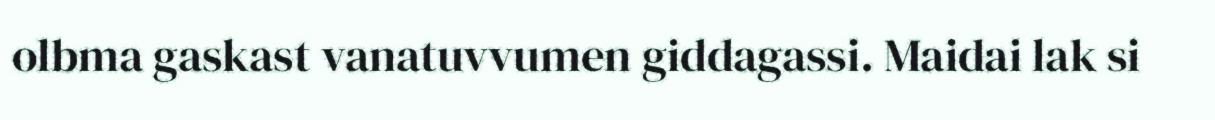
olbma gaskast vanatuvvumen giddagassi. Maidai lak si